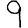
Digit: 9